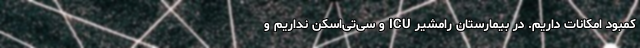
کمبود امکانات داریم. در بیمارستان رامشیر ICU و سی‌تی‌اسکن نداریم و